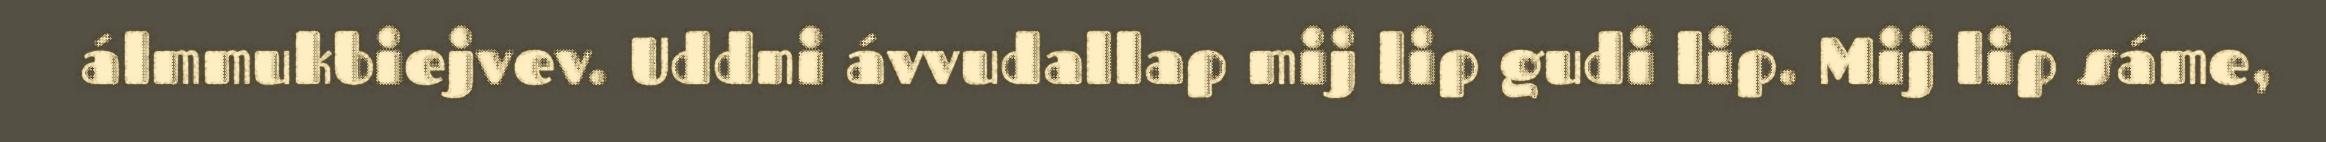
álmmukbiejvev. Uddni ávvudallap mij lip gudi lip. Mij lip sáme,